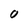
Character: O